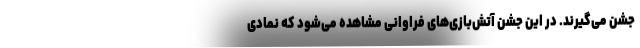
جشن می‌گیرند. در این جشن آتش‌بازی‌های فراوانی مشاهده می‌شود که نمادی